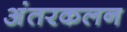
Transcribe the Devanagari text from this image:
अंतरकलन